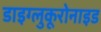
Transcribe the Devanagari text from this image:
डाइग्लुकूरोनाइड